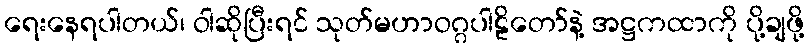
ရေးနေရပါတယ်၊ ဝါဆိုပြီးရင် သုတ်မဟာဝဂ္ဂပါဠိတော်နဲ့ အဋ္ဌကထာကို ပို့ချဖို့